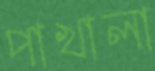
পাখালা